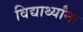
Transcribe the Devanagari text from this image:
विद्यार्थ्‍यांना